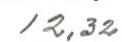
12,32